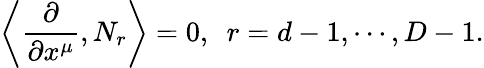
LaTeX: \left\langle\frac{\partial}{\partial x^{\mu}},N_{r}\right\rangle=0,~~r=d-1,\cdots,D-1.